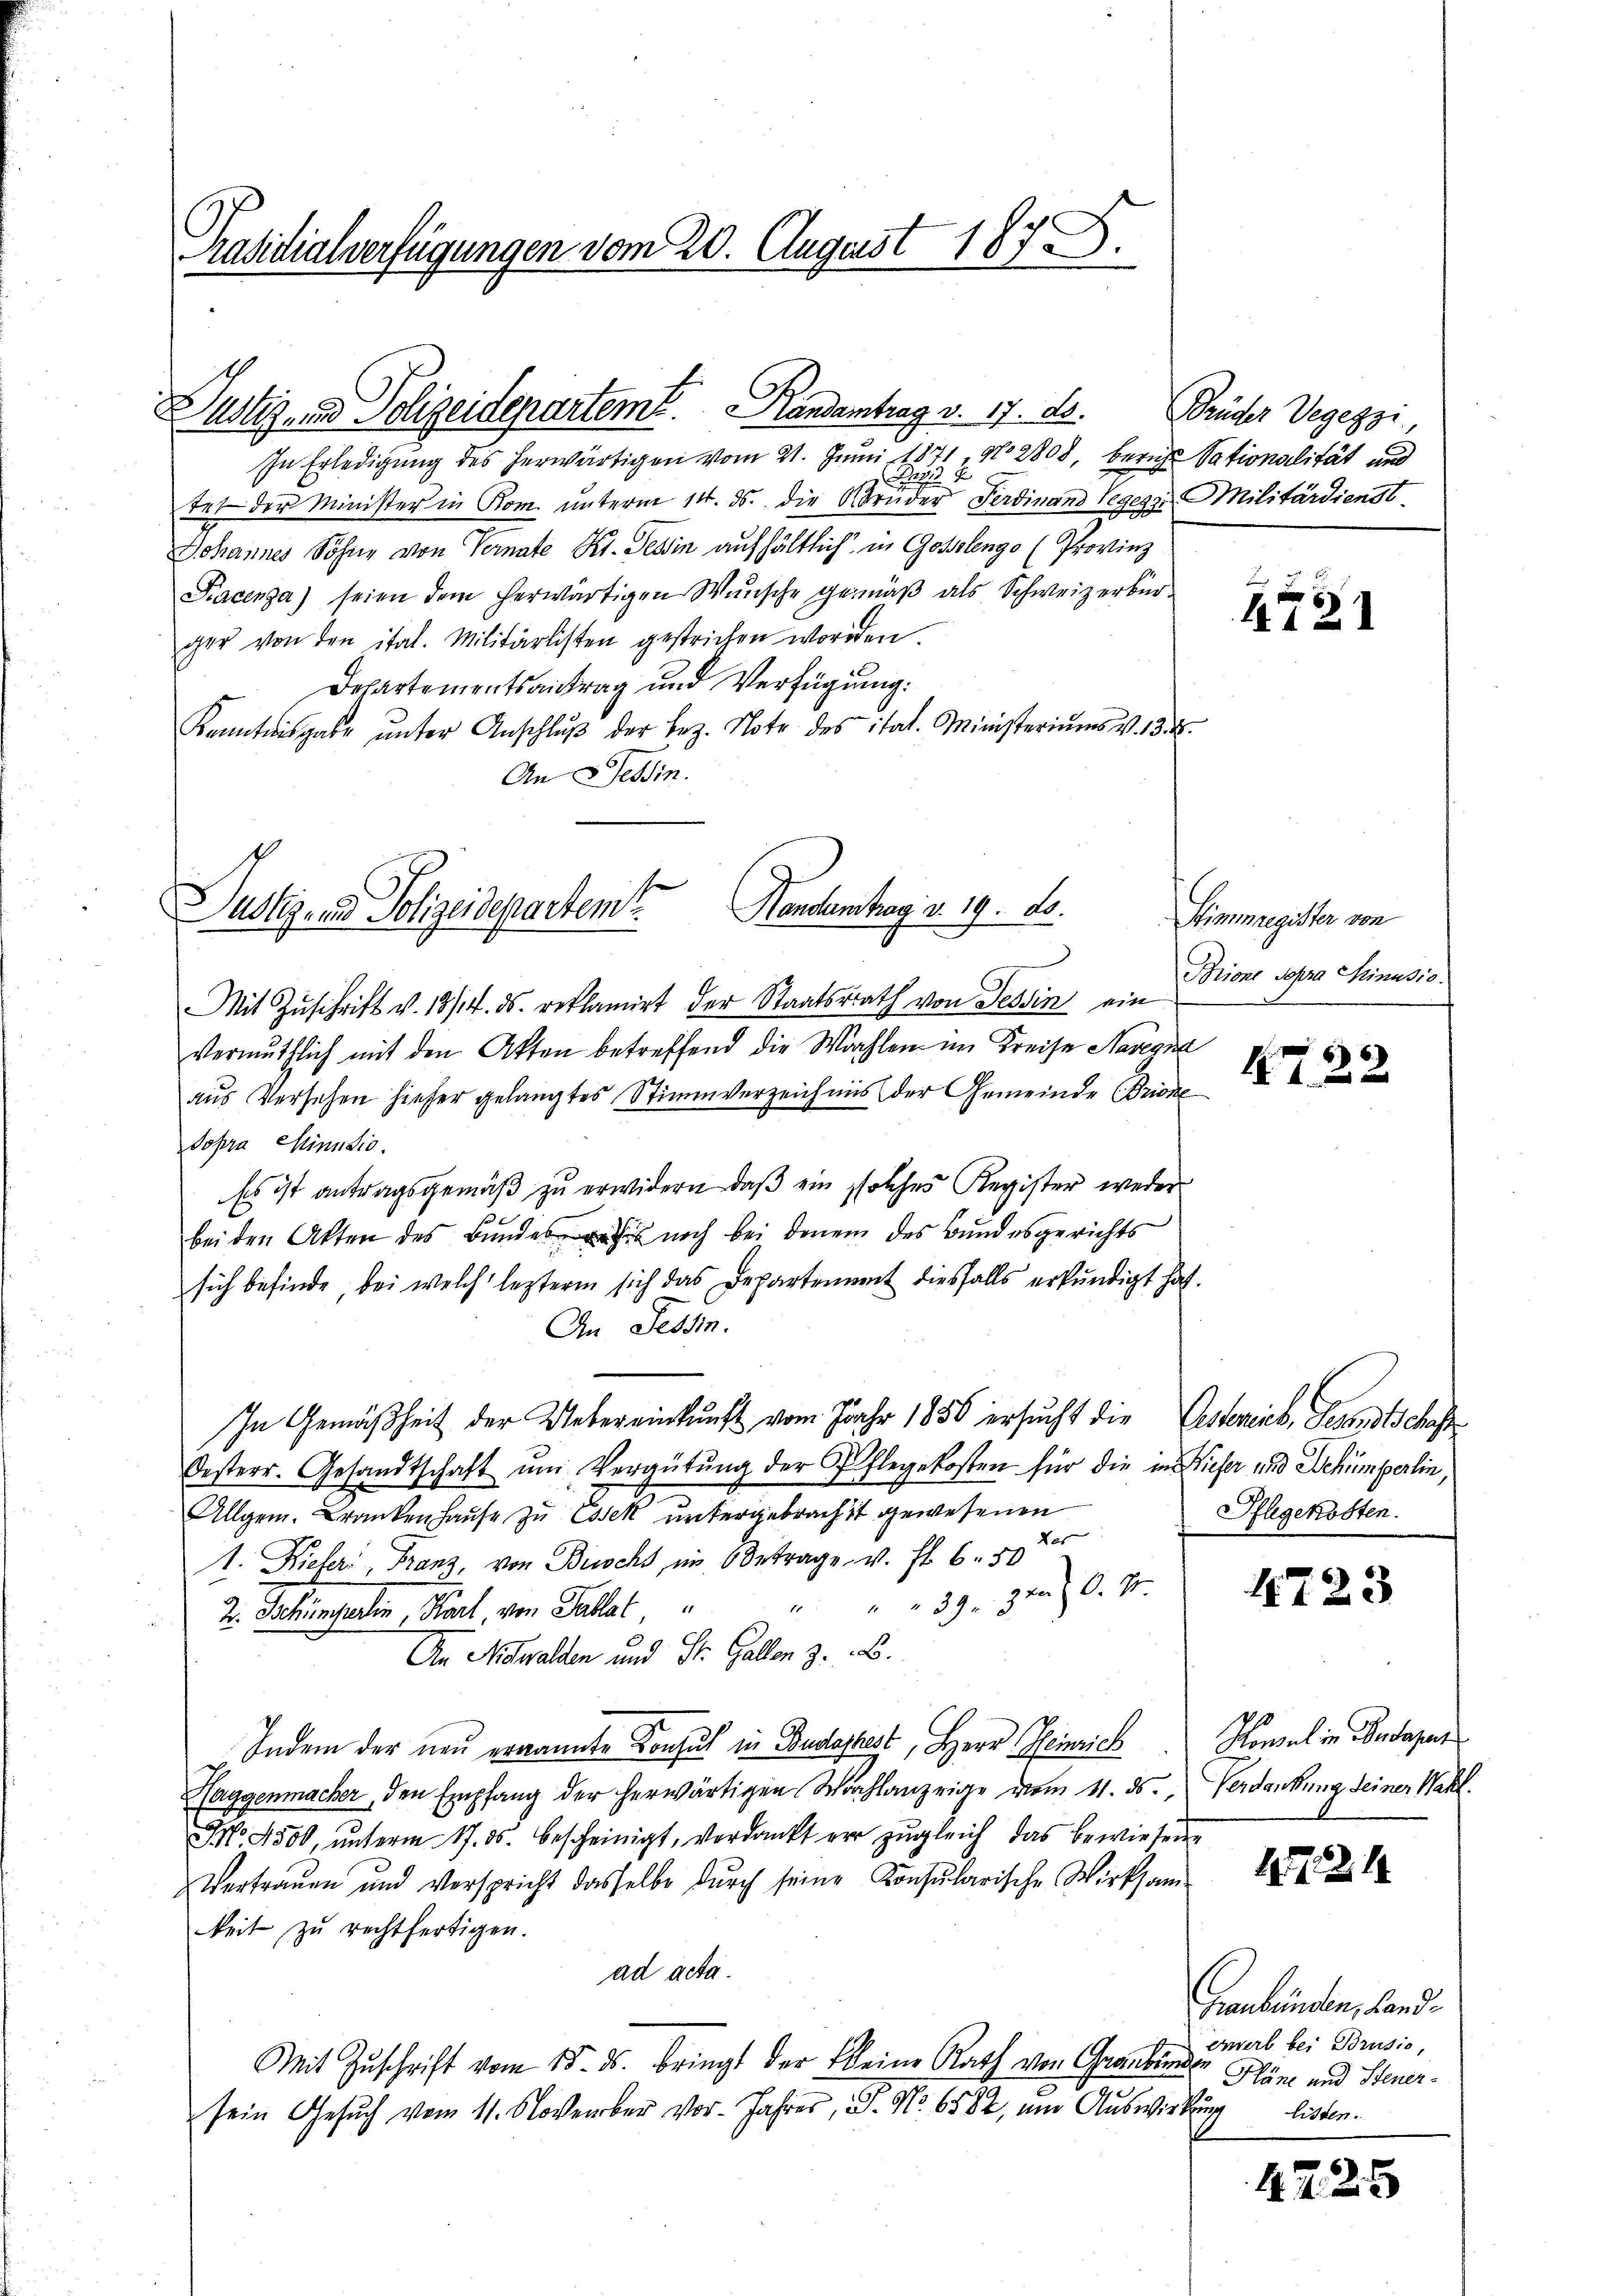
Präsidialverfügungen vom 20. August 1873.

Zustiz- und Polizeidepartemt Landantrag v. 17. ds.

Brüder Vegezzi

In Erledigung des herwärtigen vom 21. Juni 1871, No 2808, beruhe Sationalität und
39
A
tet der Minister in Rom. ŭnterm 14. ds. die Brüder Ferdinand Segesse Militärdienst
Johannes Sohne von Vernate Kt. Tessin aufhältlich in Gottengo (Provinz
Pacenza) seien dem herwärtigen Wunsche gemäß als Schweizerbürger von den ital. Militärlisten gestrichen worden.
Departementsantrag und Verfügung:
Kenntnisgabe ŭnter Anschlŭβ der Bez. Note des itat. Ministeriums v. 13. 8.
An Tessin.

1721

s

Justiz und Polizeidepartem Handenhag. v. 19. ds.

Stimmregister von
Brione sopra Minusio.

Mit Zuschrift v. 18/14. ds. reklamirt der Staatsrath von Tessin ein
vermuthlich mit den Akten betreffend die Wahlen im Kreise Naverna
aus Versehen hieher gelangtes Stimmverzeichnis der Gemeinde (Brione
Sopra Minutio
Es ist antragsgemäβ zŭ erwidern, daβ ein solches Register weder
bei den Akten des Bundes noch bei denem des Bundesgerichts
sich befinde, bei welch lezterm sich das Departement diesfalls erkundigt hat.
An Tessin.
In Gemäßheit der Uebereinkunft vom Jahr 1856 ersucht die Gesterieb, Gesandtschaft¬
Oesterr. Gesandtschaft ŭm Vergütŭng der Pflegekosten für die in Kiefer und Behümperlin,
Allgem. Krankenhause zu Essek untergebracht gewesenen
Les
1. Dieser, Franz, von Buscht im Betrage v. fr. 6. 50
" " " 39. 320. v.
Z. Gallingeren Karl, von Thal
An Nidwalden und St. Gallen z. B.
Indem der neu ernannte Konsul in Budapest, Herr Heinrich
Haggenmacher, den Empfang der herwärtigen Wohlanzeige vom 11. ds. " Verdankung seiner Wahl.
No. 4500, ŭnterm 17. ds. bescheinigt, verdankt vor zŭgleich das bewiesene
Vertrauen und Verspricht dasselbe dŭrch seine Konsŭlarische Wirksam-
keit zu rechtfertigen.
ad acta.
Mit Zuschrift vom 15. ds. bringt der keine Rath von Graubünde
sein Gesuch vom 11. November vor. Jahrer, P. Nr. 6582, und Auswirkung

422

Pflegekosten.

4723

Pomal in Budapes

121

Graubünden, Landenwerb bei Brusio,
Hläne und Steuer-
listen.

472. 5